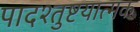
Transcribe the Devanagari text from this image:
पादश्तुष्टयात्मक